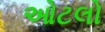
ઓટલો